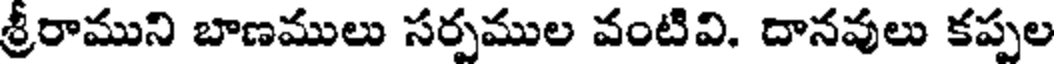
శ్రీరాముని బాణములు సర్పముల వంటివి. దానవులు కప్పల